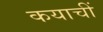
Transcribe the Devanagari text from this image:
कयाचीं